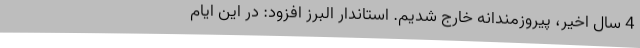
4 سال اخیر، پیروزمندانه خارج شدیم. استاندار البرز افزود: در این ایام